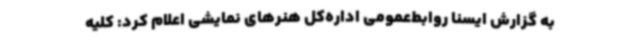
به گزارش ایسنا روابط‌عمومی اداره‌کل هنرهای نمایشی اعلام کرد: کلیه